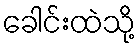
ခေါင်းထဲသို့